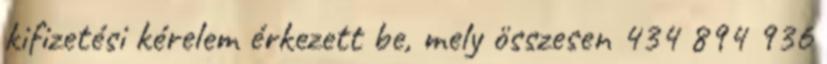
kifizetési kérelem érkezett be, mely összesen 434 894 936